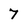
Character: 7